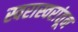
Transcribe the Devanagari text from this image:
स्वरास्वरांतून